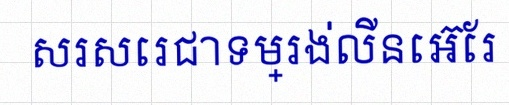
សរសេរជាទម្រង់លីនេអ៊ែរ